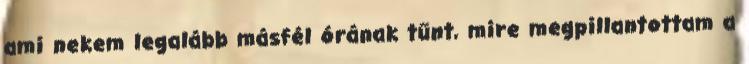
ami nekem legalább másfél órának tűnt, mire megpillantottam a